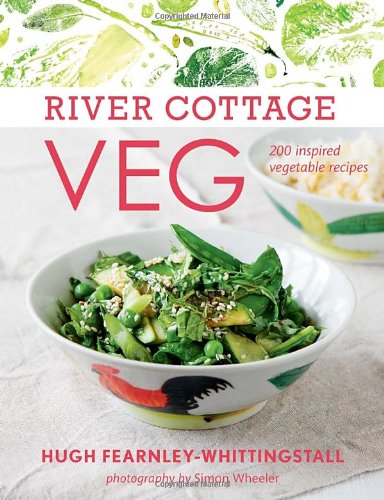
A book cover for River Cottage Veg: 200 Inspired Vegetable Recipes; Hugh Fearnley-Whittingstall; Cookbooks, Food & Wine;